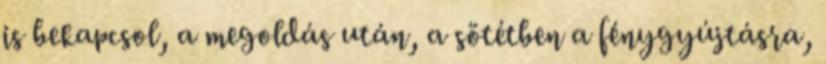
is bekapcsol, a megoldás után, a sötétben a fénygyújtásra,